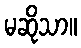
မဆိုသာ။